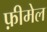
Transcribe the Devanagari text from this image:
फ़ीमेल